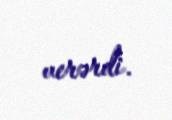
verərdi.